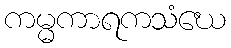
ကမ္မကာရကသံဃေ